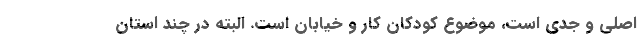
اصلی و جدی است، موضوع کودکان کار و خیابان است. البته در چند استان